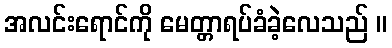
အလင်းရောင်ကို မေတ္တာရပ်ခံခဲ့လေသည် ။